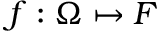
f : \Omega \mapsto F